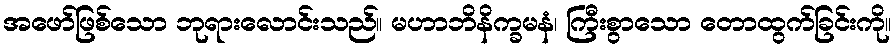
အဖော်ဖြစ်သော ဘုရားလောင်းသည်။ မဟာဘိနိက္ခမနံ၊ ကြီးစွာသော တောထွက်ခြင်းကို။